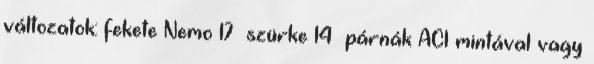
változatok: fekete Nemo 17 szürke 14 párnák AC1 mintával vagy